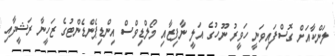
ލަންކާއަށް ގޮސްފައިވަނީ ހަވީރު ނޫހުގެ އަލީ ނާފިޒާއި މޯލްޑިވްސް އިންޑިޕެންޑެންޓުގެ ޒަހީނާ ރަޝީދާއި